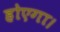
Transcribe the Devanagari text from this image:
होएगा।